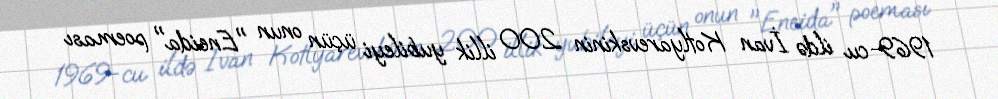
1969-cu ildə İvan Kotlyarevskinin 200 illik yubileyi üçün onun "Eneida" poeması